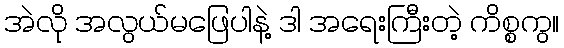
အဲလို အလွယ်မဖြေပါနဲ့ ဒါ အရေးကြီးတဲ့ ကိစ္စကွ။